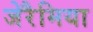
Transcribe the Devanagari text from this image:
जेरैमिया